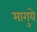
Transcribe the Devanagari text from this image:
मागुये